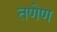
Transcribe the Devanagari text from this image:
तणेण